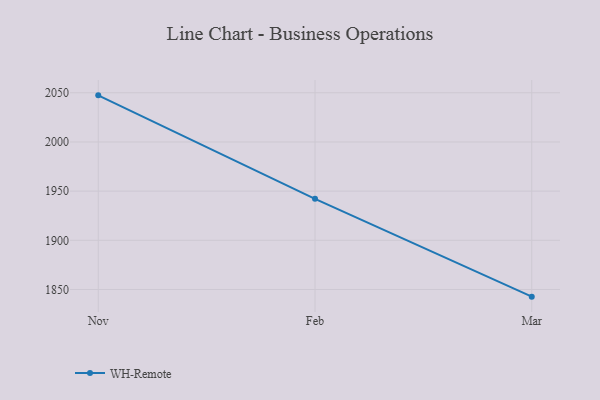
{"axis": {"x": "Month", "y": "Demand Index"}, "legend": ["WH-Remote"], "data": [{"x": "Nov", "y": 2047.4, "type": "WH-Remote"}, {"x": "Feb", "y": 1942.2, "type": "WH-Remote"}, {"x": "Mar", "y": 1842.7, "type": "WH-Remote"}]}